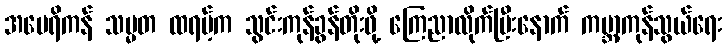
အမေရိကန် သမ္မတ ထရမ့်က သွင်းကုန်ခွန်တိုးဖို့ ကြေညာလိုက်ပြီးနောက် ကမ္ဘာ့ကုန်သွယ်ရေး